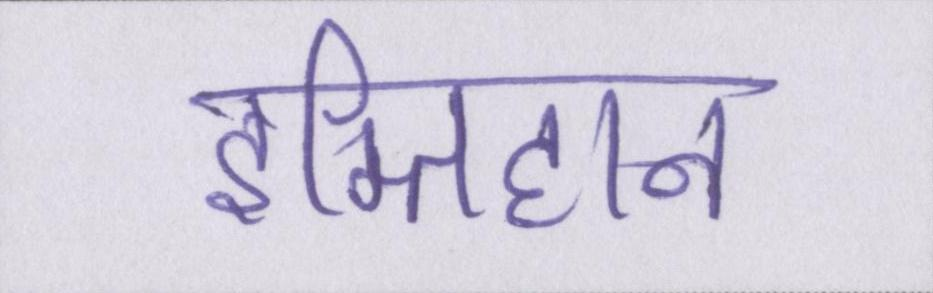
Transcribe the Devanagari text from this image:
इम्तिहान